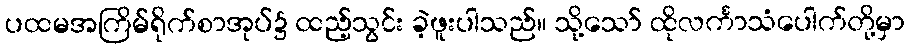
ပထမအကြိမ်ရိုက်စာအုပ်၌ ထည့်သွင်း ခဲ့ဖူးပါသည်။ သို့သော် ထိုလင်္ကာသံပေါက်တို့မှာ